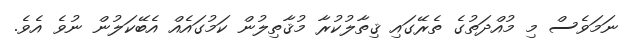
ނަމަވެސް މި މުއްދަތުގެ ތެރޭގައި ޤިތާލުކުރާ މުޤާތިލުން ކަމުގައެއް އެބޭކަލުން ނުވެ އެވެ.